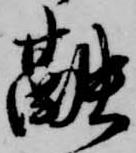
融